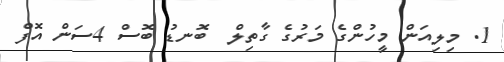
1. މިލިއަން މީހުންގެ މަރުގެ ގާތިލް  ބޮނޑު ބޮސް 4ސަން އޮފް